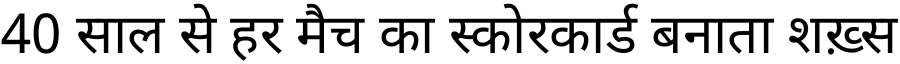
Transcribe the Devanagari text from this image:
40 साल से हर मैच का स्कोरकार्ड बनाता शख़्स